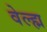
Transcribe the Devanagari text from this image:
वेल्ह्म